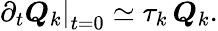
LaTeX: \left.\partial_{t}\boldsymbol{Q}_{k}\right|_{t=0}\simeq\tau_{k}\, \boldsymbol{Q}_{k}.